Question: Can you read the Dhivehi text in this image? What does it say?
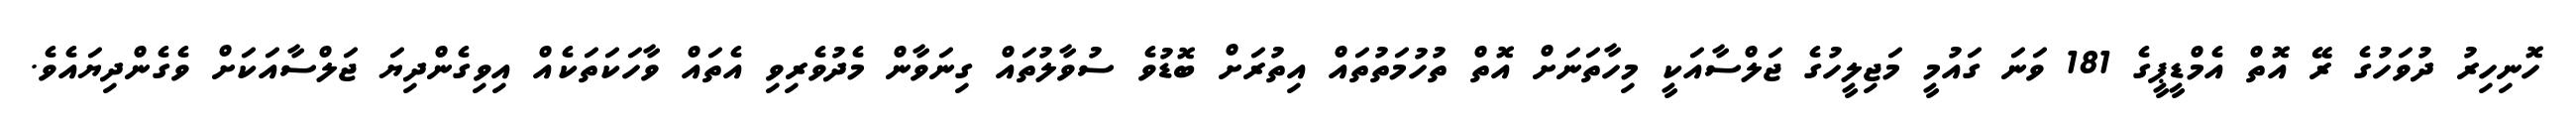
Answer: ހޮނިހިރު ދުވަހުގެ ރޭ އޮތް އެމްޑީޕީގެ 181 ވަނަ ގައުމީ މަޖިލީހުގެ ޖަލްސާއަކީ މިހާތަނަށް އޮތް ތުހުމަތުތައް އިތުރަށް ބޮޑުވެ ސުވާލުތައް ގިނަވާން މެދުވެރިވި އެތައް ވާހަކަތަކެއް އިވިގެންދިޔަ ޖަލްސާއަކަށް ވެގެންދިޔައެވެ.